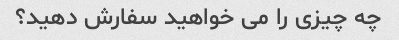
چه چیزی را می خواهید سفارش دهید؟